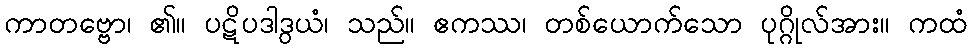
ကာတဗ္ဗော၊ ၏။ ပဋိပဒါဒွယံ၊ သည်။ ဧကဿ၊ တစ်ယောက်သော ပုဂ္ဂိုလ်အား။ ကထံ